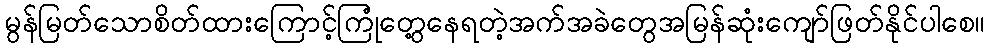
မွန်မြတ်သောစိတ်ထားကြောင့်ကြုံတွေ့နေရတဲ့အက်အခဲတွေအမြန်ဆုံးကျော်ဖြတ်နိုင်ပါစေ။